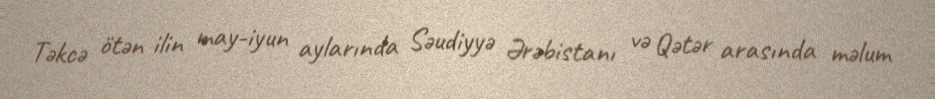
Təkcə ötən ilin may-iyun aylarında Səudiyyə Ərəbistanı və Qətər arasında məlum